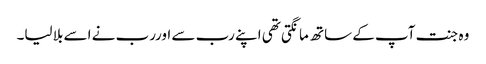
وہ جنت آپ کے ساتھ مانگتی تھی اپنے رب سے اوررب نے اسے بلا لیا۔